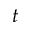
t